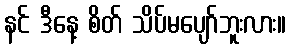
နင် ဒီနေ့ စိတ် သိပ်မပျော်ဘူးလား။